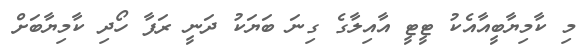
މި ކާމިޔާބީއާއެކު ޓީޓީ އާއިލާގެ ގިނަ ބަޔަކު ދަނީ ރަފާ ހޯދި ކާމިޔާބަށް